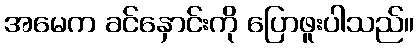
အမေက ခင်နှောင်းကို ပြောဖူးပါသည်။